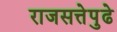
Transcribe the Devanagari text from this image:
राजसत्तेपुढे